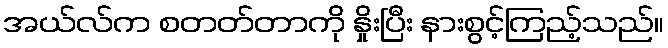
အယ်လ်က စတတ်တာကို နှိုးပြီး နားစွင့်ကြည့်သည်။